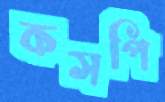
কসপি